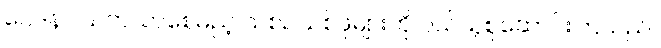
ဝေဒနာ သက်သာစေမည့် သစ်ဥသစ်ဖုများကို ဝယ်ယူစုဆောင်းကြသည်။